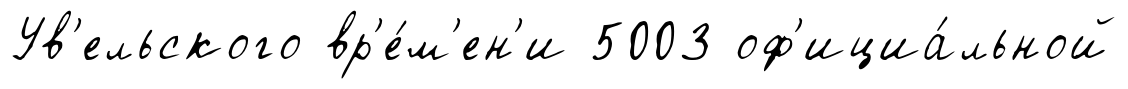
Ув'ельского вр'е́м'ен'и 5003 оф'ициа́льной